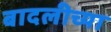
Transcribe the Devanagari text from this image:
बादलीच्या